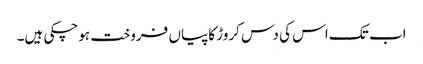
اب تک اس کی دس کروڑ کاپیاں فروخت ہوچکی ہیں۔